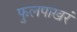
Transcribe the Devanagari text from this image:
फुलपाखरं